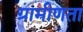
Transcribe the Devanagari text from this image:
ग्रामीणता